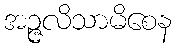
အဉ္ဇလိသာမိစေန